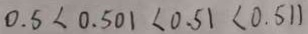
0 . 5 < 0 . 5 0 1 < 0 . 5 1 < 0 . 5 1 1